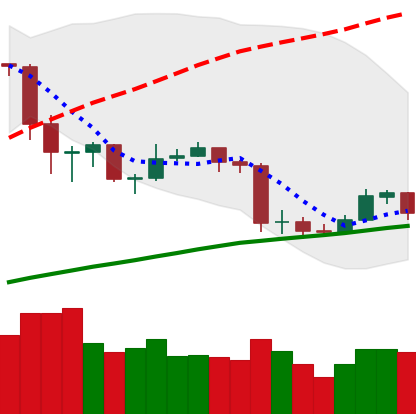
Ticker: ETC-USD
Chart end date: 2020-03-04
Forward return: -12.915%
Label: down_7plus